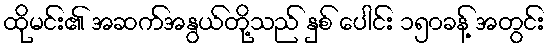
ထိုမင်း၏ အဆက်အနွယ်တို့သည် နှစ် ပေါင်း ၁၅၀ခန့် အတွင်း